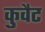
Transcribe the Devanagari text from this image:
कुवैट